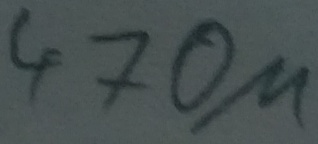
Text: 470µ